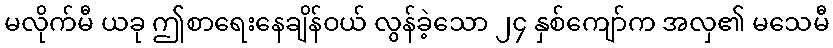
မလိုက်မီ ယခု ဤစာရေးနေချိန်ဝယ် လွန်ခဲ့သော ၂၄ နှစ်ကျော်က အလှ၏ မသေမီ